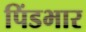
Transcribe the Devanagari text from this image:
पिंडभार